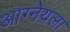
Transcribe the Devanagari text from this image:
आग्नेयला